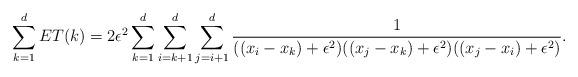
LaTeX: \begin{align*} \sum_{k=1}^d ET(k) = 2\epsilon^2 \sum_{k=1}^d \sum_{i=k+1}^{d}\sum_{j=i+1}^{d} \frac{1}{((x_i-x_k)+\epsilon^2)((x_j-x_k)+\epsilon^2)((x_j-x_i)+\epsilon^2)}. \end{align*}